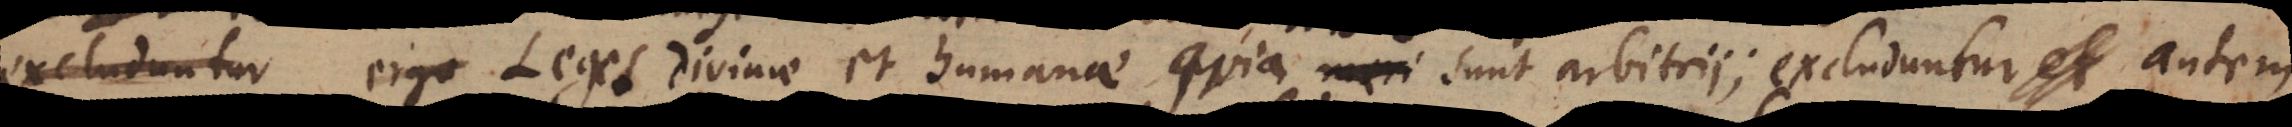
excluduntur ergo Leges divinae et humanae, quia meri sunt arbitrii; excluduntur et autem